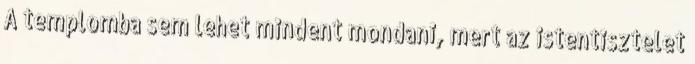
A templomba sem lehet mindent mondani, mert az istentisztelet